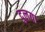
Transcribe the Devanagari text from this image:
दुलया